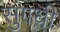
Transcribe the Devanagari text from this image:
सुंगधी